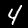
Digit: 4